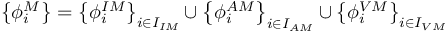
\left\{ \phi _ { i } ^ { M } \right\} = \left\{ \phi _ { i } ^ { I M } \right\} _ { i \in I _ { I M } } \cup \left\{ \phi _ { i } ^ { A M } \right\} _ { i \in I _ { A M } } \cup \left\{ \phi _ { i } ^ { V M } \right\} _ { i \in I _ { V M } }